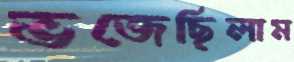
ভজেছিলাম